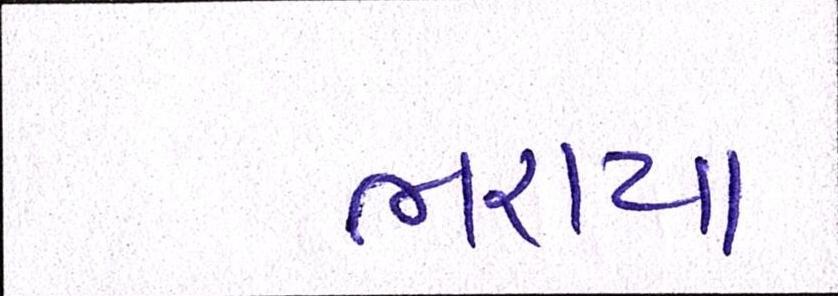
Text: ભરાયા